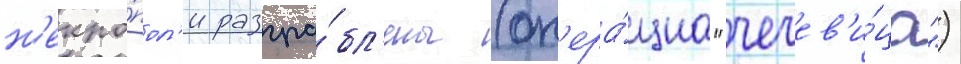
н'екро́пол'и разгра́бл'ены (оп'ера́циа "чечев'и́ца")